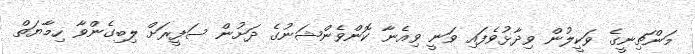
މަންޗިނީގެ ވަކީލުން ވިދާޅުވެފައި ވަނީ ވިއެނާ ކޮންވެންޝަނުގެ ދަށުން ސަފީރަށް ލިބިގެންވާ ހިމާޔަތް